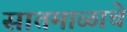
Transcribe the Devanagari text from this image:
सातमाळाचे